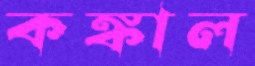
কঙ্কাল